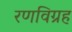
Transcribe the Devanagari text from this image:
रणविग्रह